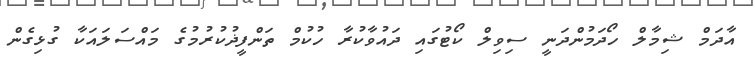
އާދަމް ޝިމާލް ހޯދަމުންދަނީ ސިވިލް ކޯޓުގައި ދައުވާކުރާ ހުކުމް ތަންފީޛުކުރުމުގެ މައްސަލައަކާ ގުޅިގެން